Civil Veterinary Dept. Bombay admin report 1907-1913 - 1907-1913
Year: 1907
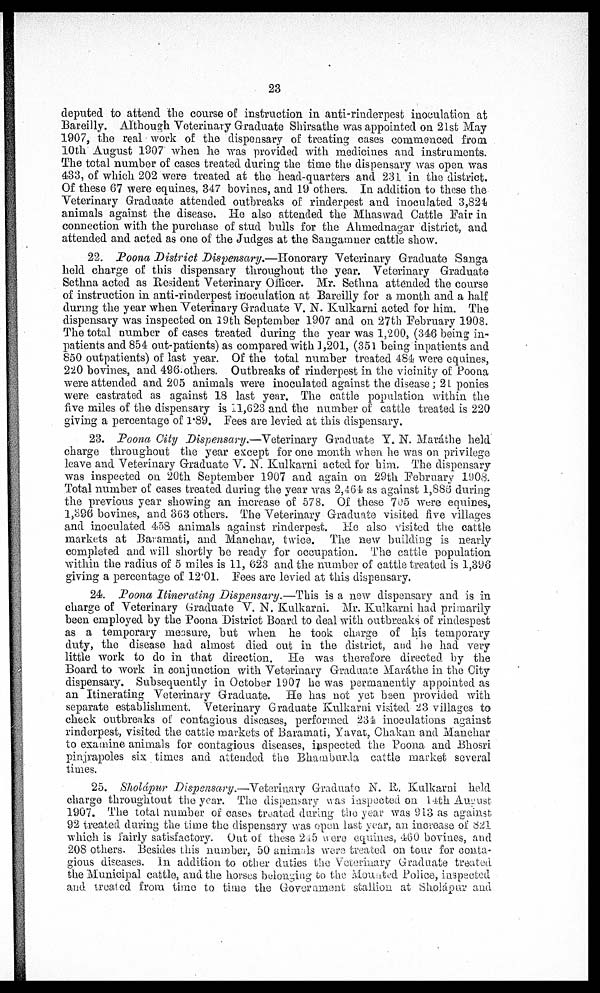
23
deputed to attend the course of instruction in anti-rinderpest inoculation at
Bareilly. Although Veterinary Graduate Shirsathe was appointed on 21st May
1907, the real work of the dispensary of treating cases commenced from
10th August 1907 when he was provided with medicines and instruments.
The total number of cases treated during the time the dispensary was open was
433, of which 202 were treated at the head-quarters and 231 in the district.
Of these 67 were equines, 347 bovines, and 19 others. In addition to these the
Veterinary Graduate attended outbreaks of rinderpest and inoculated 3,824
animals against the disease. He also attended the Mhaswad Cattle Fair in
connection with the purchase of stud bulls for the Ahmednagar district, and
attended and acted as one of the Judges at the Sangamner cattle show.
22. Poona District Dispensary.—Honorary Veterinary Graduate Sanga
held charge of this dispensary throughout the year. Veterinary Graduate
Sethna acted as Resident Veterinary Officer. Mr. Sethna attended the course
of instruction in anti-rinderpest inoculation at Bareilly for a month and a half
during the year when Veterinary Graduate V. N. Kulkarni acted for him. The
dispensary was inspected on 19th September 1907 and on 27th February 1908.
The total number of cases treated during the year was 1,200, (346 being in-
patients and 854 out-patients) as compared with 1,201, (351 being inpatients and
850 outpatients) of last year. Of the total number treated 484 were equines,
220 bovines, and 496 others. Outbreaks of rinderpest in the vicinity of Poona
were attended and 205 animals were inoculated against the disease; 21 ponies
were castrated as against 18 last year. The cattle population within the
five miles of the dispensary is 11,623 and the number of cattle treated is 220
giving a percentage of 1.89. Fees are levied at this dispensary.
23. Poona City Dispensary.—Veterinary Graduate Y. N. Marathe held
charge throughout the year except for one month when he was on privilege
leave and Veterinary Graduate V. N. Kulkarni acted for him, The dispensary
was inspected on 20th September 1907 and again on 29th February 1908.
Total number of cases treated during the year was 2,464 as against 1,886 during
the previous year showing an increase of 578. Of these 705 were equines,
1,396 bovines, and 363 others. The Veterinary Graduate visited five villages
and inoculated 458 animals against rinderpest. He also visited the cattle
markets at Baramati, and Manchar, twice. The new building is nearly
completed and will shortly be ready for occupation. The cattle population
within the radius of 5 miles is 11, 623 and the number of cattle treated is 1,396
giving a percentage of 12.01. Fees are levied at this dispensary.
24. Poona Itinerating Dispensary.—This is a new dispensary and is in
charge of Veterinary Graduate V. N. Kulkarni. Mr. Kulkarni had primarily
been employed by the Poona District Board to deal with outbreaks of rindespest
as a temporary measure, but when he took charge of his temporary
duty, the disease had almost died out in the district, and he had very
little work to do in that direction. He was therefore directed by the
Board to work in conjunction with Veterinary Graduate Marathe in the City
dispensary. Subsequently in October 1907 he was permanently appointed as
an Itinerating Veterinary Graduate. He has not yet been provided with
separate establishment. Veterinary Graduate Kulkarni visited 23 villages to
check outbreaks of contagious diseases, performed 234 inoculations against
rinderpest, visited the cattle markets of Baramati, Yavat, Chakan and Manchar
to examine animals for contagious diseases, inspected the Poona and Bhosri
pinjrapoles six times and attended the Bhamburda cattle market several
times.
25. Sholápur Dispensary.—Veterinary Graduate N. R. Kulkarni held
charge throughtout the year. The dispensary was inspected on l4th August
1907. The total number of cases treated during the year was 913 as against
92 treated during the time the dispensary was open last year, an increase of 821
which is fairly satisfactory. Out of these 245 were equines, 460 bovines, and
208 others. Besides this number, 50 animals were treated on tour for conta-
gious diseases. In addition to other duties the Veterinary Graduate treated
the Municipal cattle, and the horses belonging to the Mounted Police, inspected
and treated from time to time the Goverament stallion at Sholápur and